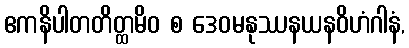
ဧကနိပါတတိတ္ထမိဝ စ ဒေဝမနုဿနယနဝိဟံဂါနံ,